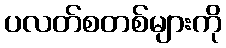
ပလတ်စတစ်များကို